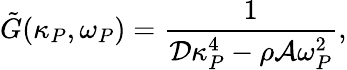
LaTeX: \tilde{G}(\kappa_{P},\omega_{P})=\frac{1}{\mathcal{D}\kappa_{P}^{4}-\rho\mathcal{A}\omega_{P}^{2}},